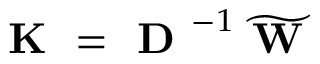
\textbf { K } = \textbf { D } ^ { - 1 } \widetilde { \textbf { W } }